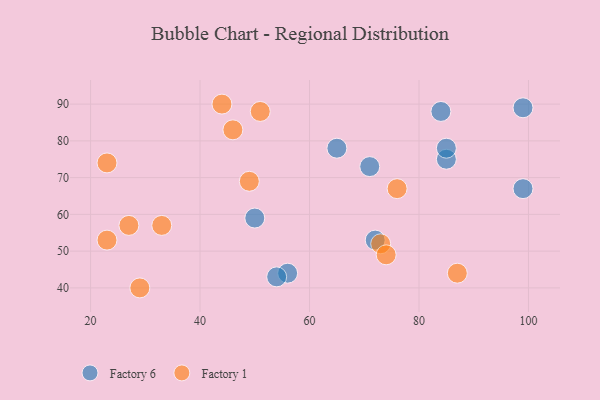
{"axis": {"x": "GDP", "y": "Life Expectancy"}, "legend": ["Factory 1", "Factory 6"], "data": [{"x": "85", "y": 75, "type": "Factory 6"}, {"x": "99", "y": 89, "type": "Factory 6"}, {"x": "50", "y": 59, "type": "Factory 6"}, {"x": "65", "y": 78, "type": "Factory 6"}, {"x": "72", "y": 53, "type": "Factory 6"}, {"x": "71", "y": 73, "type": "Factory 6"}, {"x": "84", "y": 88, "type": "Factory 6"}, {"x": "85", "y": 78, "type": "Factory 6"}, {"x": "56", "y": 44, "type": "Factory 6"}, {"x": "54", "y": 43, "type": "Factory 6"}, {"x": "99", "y": 67, "type": "Factory 6"}, {"x": "73", "y": 52, "type": "Factory 1"}, {"x": "51", "y": 88, "type": "Factory 1"}, {"x": "29", "y": 40, "type": "Factory 1"}, {"x": "49", "y": 69, "type": "Factory 1"}, {"x": "33", "y": 57, "type": "Factory 1"}, {"x": "46", "y": 83, "type": "Factory 1"}, {"x": "74", "y": 49, "type": "Factory 1"}, {"x": "87", "y": 44, "type": "Factory 1"}, {"x": "44", "y": 90, "type": "Factory 1"}, {"x": "23", "y": 74, "type": "Factory 1"}, {"x": "23", "y": 53, "type": "Factory 1"}, {"x": "27", "y": 57, "type": "Factory 1"}, {"x": "76", "y": 67, "type": "Factory 1"}]}